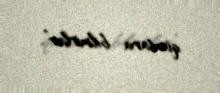
qurtara bilmirlər”.